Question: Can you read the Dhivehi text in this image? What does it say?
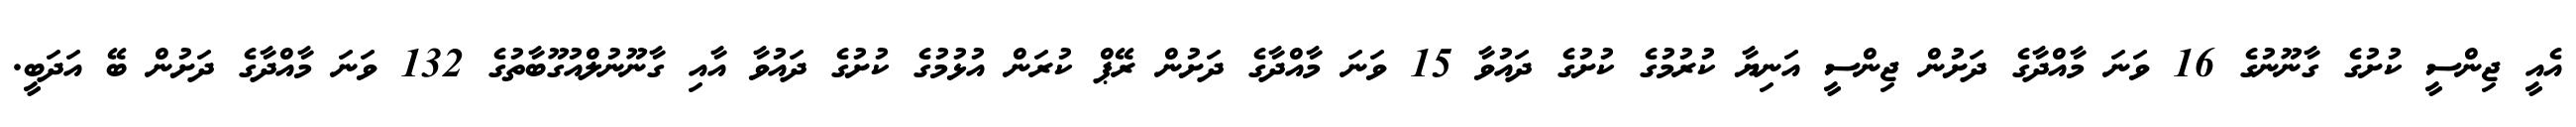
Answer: އެއީ ޖިންސީ ކުށުގެ ގާނޫނުގެ 16 ވަނަ މާއްދާގެ ދަށުން ޖިންސީ އަނިޔާ ކުރުމުގެ ކުށުގެ ދައުވާ 15 ވަނަ މާއްދާގެ ދަށުން ރޭޕް ކުރަން އުޅުމުގެ ކުށުގެ ދައުވާ އާއި ގާނޫނުލްއުގޫބާތުގެ 132 ވަނަ މާއްދާގެ ދަށުން ބޭ އަދަބީ.